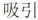
吸引